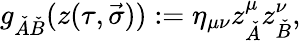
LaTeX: g_{\check{A}\check{B}}(z(\tau,\vec{\sigma})):=\eta_{\mu\nu}z_{\check{A}}^{\mu}z_{\check{B}}^{\nu},